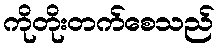
ကိုတိုးတက်စေသည်